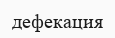
дефекация